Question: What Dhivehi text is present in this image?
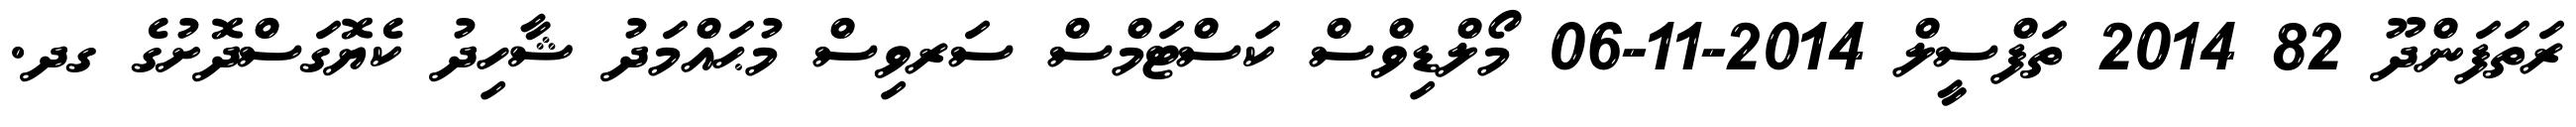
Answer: ރަތަފަންދޫ 82 2014 ތަފްސީލް 2014-11-06 މޯލްޑިވްސް ކަސްޓަމްސް ސަރވިސް މުޙައްމަދު ޝާހިދު ކެޔޮގަސްދޮށުގެ ގދ.